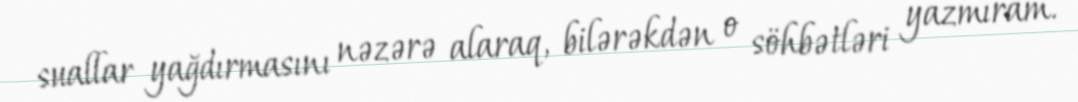
suallar yağdırmasını nəzərə alaraq, bilərəkdən o söhbətləri yazmıram.